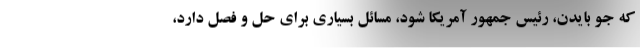
که جو بایدن، رئیس جمهور آمریکا شود، مسائل بسیاری برای حل و فصل دارد،